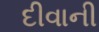
દીવાની